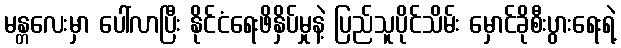
မန္တလေးမှာ ပေါ်လာပြီး နိုင်ငံရေးဖိနှိပ်မှုနဲ့ ပြည်သူပိုင်သိမ်း မှောင်ခိုစီးပွားရေးရဲ့